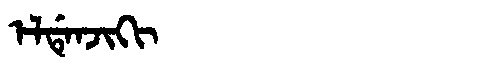
Manchu: ᡝᠯᡩᡝᠨᠵᡳᡴᡳ
Romanization: ELDENJIKI